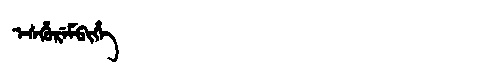
Manchu: ᡝᠰᡥᡠᡵᡝᠮᠪᡳᡥᡝ
Romanization: ESHUREMBIHE